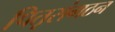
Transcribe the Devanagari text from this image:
पितृसंगठन